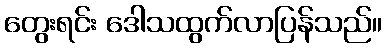
တွေးရင်း ဒေါသထွက်လာပြန်သည်။